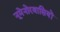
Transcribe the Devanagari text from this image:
नूमेनोरवासियों